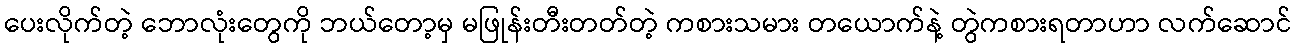
ပေးလိုက်တဲ့ ဘောလုံးတွေကို ဘယ်တော့မှ မဖြုန်းတီးတတ်တဲ့ ကစားသမား တယောက်နဲ့ တွဲကစားရတာဟာ လက်ဆောင်